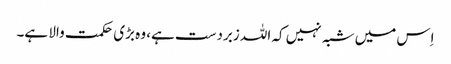
اِس میں شبہ نہیں کہ اللہ زبردست ہے، وہ بڑی حکمت والا ہے۔